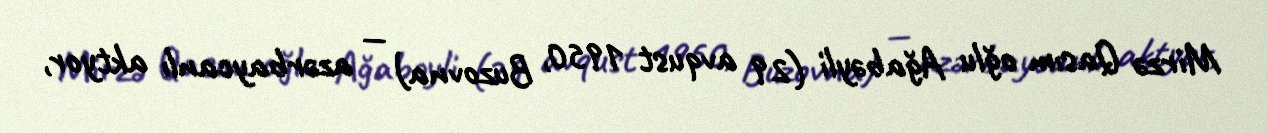
Mirzə Qasım oğlu Ağabəyli (29 avqust 1950, Buzovna) — azərbaycanlı aktyor,